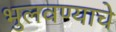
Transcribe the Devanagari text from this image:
भुलवण्याचे